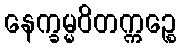
နေက္ခမ္မဝိတက္ကဉ္စေ